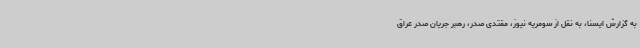
به گزارش ایسنا، به نقل از سومریه نیوز، مقتدی صدر، رهبر جریان صدر عراق